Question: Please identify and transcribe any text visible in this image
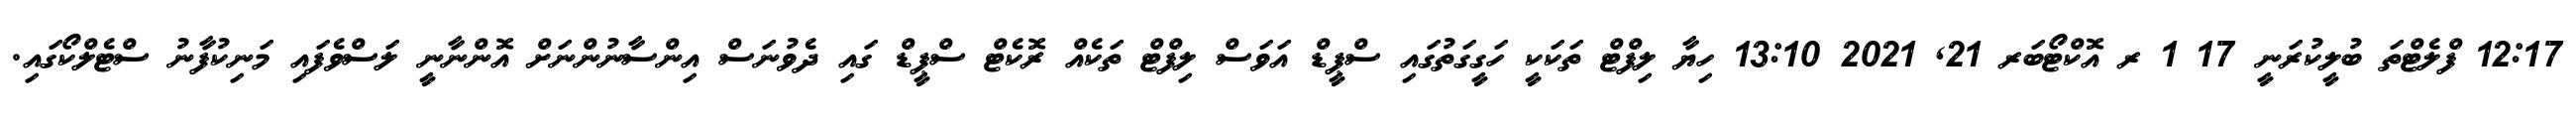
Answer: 12:17 ފްލެޓްތަ ބުލީކުރަނީ 17 1 ރ އޮކްޓޯބަރ 21, 2021 13:10 ހިޔާ ލިފްޓް ތަކަކީ ހަގީގަތުގައި ސްޕީޑް އަވަސް ލިފްޓް ތަކެއް ރޮކެޓް ސްޕީޑް ގައި ދެވުނަސް އިންސާނުންނަށް އޮންނާނީ ލަސްވެފައި މަނިކުފާނު ސްޓެލްކޯގައި.